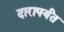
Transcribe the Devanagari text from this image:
दारापर्यंत